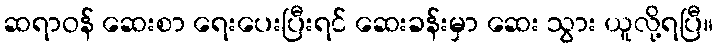
ဆရာဝန် ဆေးစာ ရေးပေးပြီးရင် ဆေးခန်းမှာ ဆေး သွား ယူလို့ရပြီ။